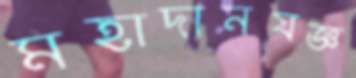
মহাদানযজ্ঞ